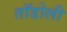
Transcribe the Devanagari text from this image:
तॉडोली